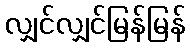
လျှင်လျှင်မြန်မြန်